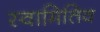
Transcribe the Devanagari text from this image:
स्वामितिव